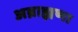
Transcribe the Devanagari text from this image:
अब्राह्मणा